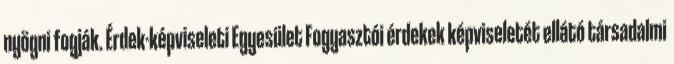
nyögni fogják. Érdek-képviseleti Egyesület Fogyasztói érdekek képviseletét ellátó társadalmi